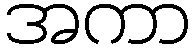
အကာ